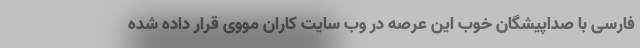
فارسی با صداپیشگان خوب این عرصه در وب سایت کاران مووی قرار داده شده